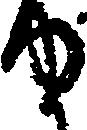
ゆ